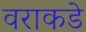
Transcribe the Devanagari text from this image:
वराकडे